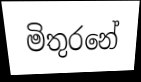
මිතුරනේ